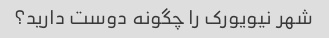
شهر نیویورک را چگونه دوست دارید؟